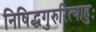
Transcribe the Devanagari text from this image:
निषिद्धगुरुरित्याहुः